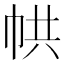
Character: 𢂔